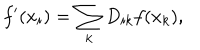
f ^ { \prime } ( x _ { i } ) = \sum _ { k } D _ { i k } f ( x _ { k } ) ,